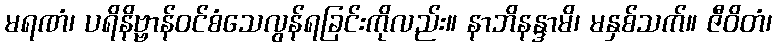
မရဏံ၊ ပရိနိဗ္ဗာန်ဝင်စံသေလွန်ရခြင်းကိုလည်း။ နာဘိနန္ဒာမိ၊ မနှစ်သက်။ ဇီဝိတံ၊